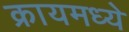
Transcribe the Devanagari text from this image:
क्रायमध्ये